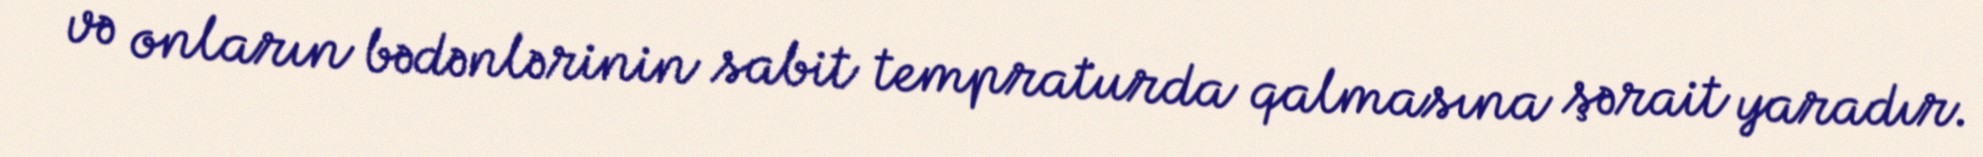
və onların bədənlərinin sabit tempraturda qalmasına şərait yaradır.